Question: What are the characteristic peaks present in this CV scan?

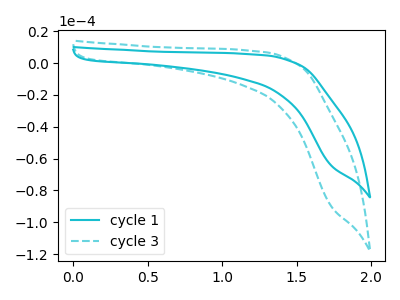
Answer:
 <answer>The cyan curve "cycle 1" has no peaks. The cyan dashed curve "cycle 3" has no peaks.</answer>
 <eval></eval>